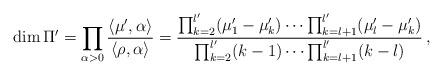
LaTeX: \begin{align*}\dim \Pi'= \prod_{\alpha >0} \frac{\langle \mu', \alpha\rangle}{\langle\rho,\alpha\rangle}=\frac{\prod_{k=2}^{l'} (\mu'_1-\mu'_k) \dots \prod_{k=l+1}^{l'} (\mu'_{l}-\mu'_k)}{\prod_{k=2}^{l'} (k-1) \dots \prod_{k=l+1}^{l'} (k-l)}\,,\end{align*}